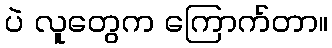
ပဲ လူတွေက ကြောက်တာ။